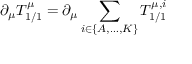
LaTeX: \partial _ { \mu } T _ { 1 / 1 } ^ { \mu } = \partial _ { \mu } \sum _ { i \in \{ A , \ldots , K \} } T _ { 1 / 1 } ^ { \mu , i }